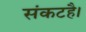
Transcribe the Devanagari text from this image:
संकटहै।